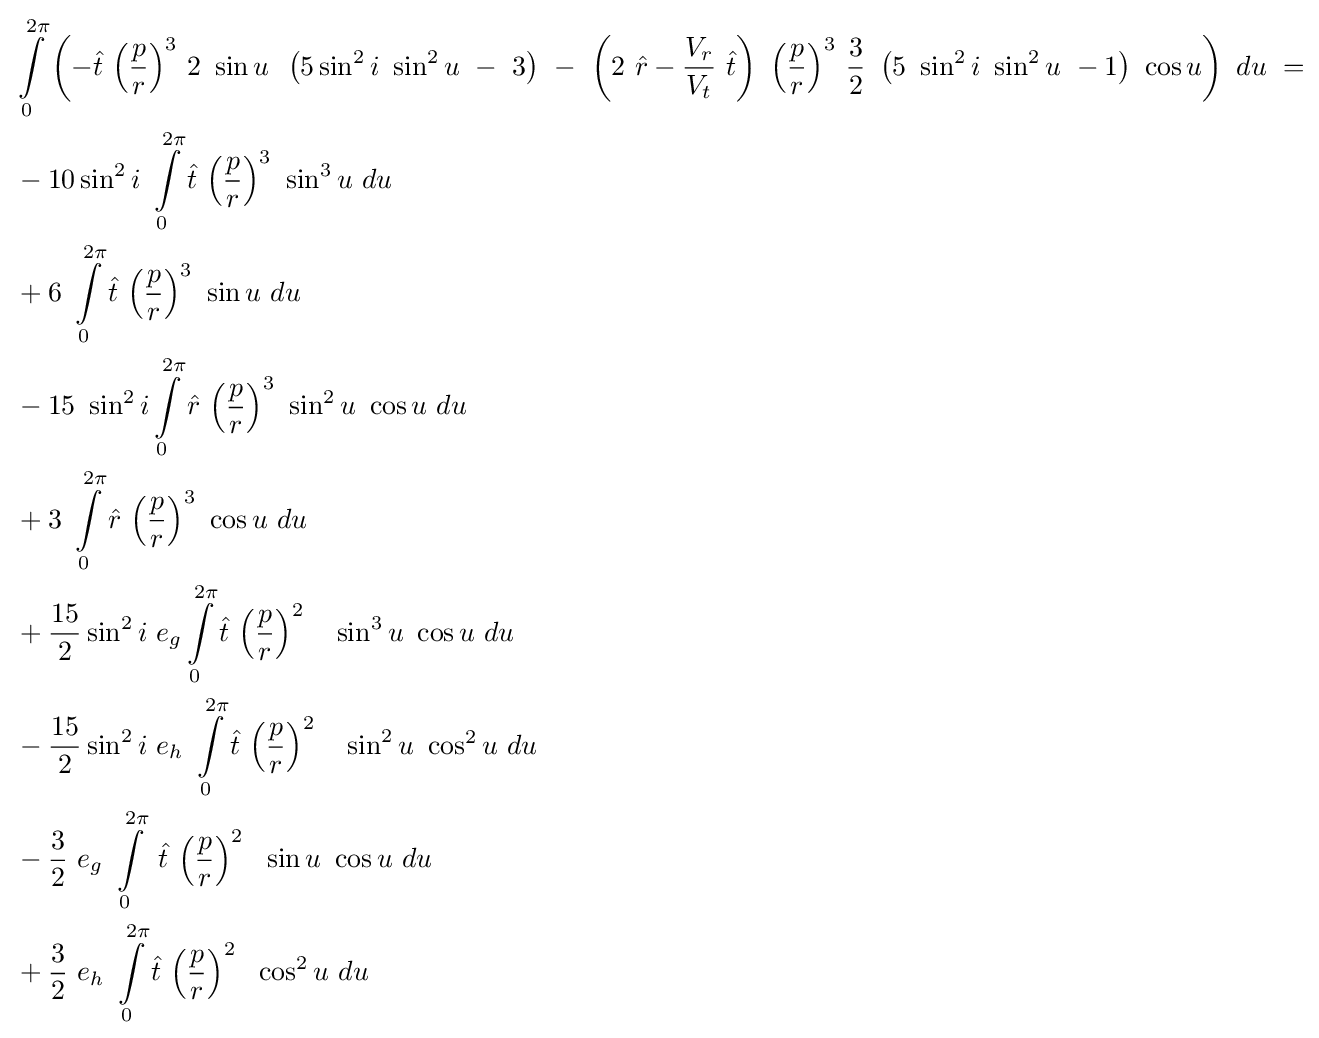
{\begin{aligned}&\int \limits _{0}^{2\pi }\left(-{\hat {t}}\ {\left({\frac {p}{r}}\right)}^{3}\ 2\ \sin u\,\ \left(5\sin ^{2}i\ \sin ^{2}u\ -\ 3\right)\ -\ \left(2\ {\hat {r}}-{\frac {V_{r}}{V_{t}}}\ {\hat {t}}\right)\ {\left({\frac {p}{r}}\right)}^{3}\ {\frac {3}{2}}\ \left(5\ \sin ^{2}i\ \sin ^{2}u\ -1\right)\ \cos u\right)\ du\ =\\&-10\sin ^{2}i\ \int \limits _{0}^{2\pi }{\hat {t}}\ {\left({\frac {p}{r}}\right)}^{3}\ \sin ^{3}u\ du\\&+6\ \int \limits _{0}^{2\pi }{\hat {t}}\ {\left({\frac {p}{r}}\right)}^{3}\ \sin u\ du\\&-15\ \sin ^{2}i\int \limits _{0}^{2\pi }{\hat {r}}\ {\left({\frac {p}{r}}\right)}^{3}\ \sin ^{2}u\ \cos u\ du\\&+3\ \int \limits _{0}^{2\pi }{\hat {r}}\ {\left({\frac {p}{r}}\right)}^{3}\ \cos u\ du\\&+{\frac {15}{2}}\sin ^{2}i\ e_{g}\int \limits _{0}^{2\pi }{\hat {t}}\ {\left({\frac {p}{r}}\right)}^{2}\ \ \ \sin ^{3}u\ \cos u\ du\\&-{\frac {15}{2}}\sin ^{2}i\ e_{h}\ \int \limits _{0}^{2\pi }{\hat {t}}\ {\left({\frac {p}{r}}\right)}^{2}\ \ \ \sin ^{2}u\ \cos ^{2}u\ du\\&-{\frac {3}{2}}\ e_{g}\ \int \limits _{0}^{2\pi }\ {\hat {t}}\ {\left({\frac {p}{r}}\right)}^{2}\ \ \sin u\ \cos u\ du\\&+{\frac {3}{2}}\ e_{h}\ \int \limits _{0}^{2\pi }{\hat {t}}\ {\left({\frac {p}{r}}\right)}^{2}\ \ \cos ^{2}u\ du\end{aligned}}